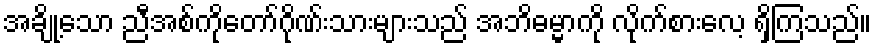
အချို့သော ညီအစ်ကိုတော်ဂိုဏ်းသားများသည် အဘိဓမ္မာကို လိုက်စားလေ့ ရှိကြသည်။